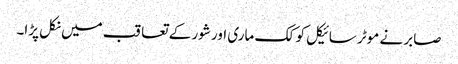
صابر نے موٹر سائیکل کو کک ماری اور شور کے تعاقب میں نکل پڑا۔